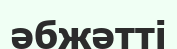
әбжәтті